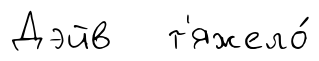
Дэйв т'яжело́